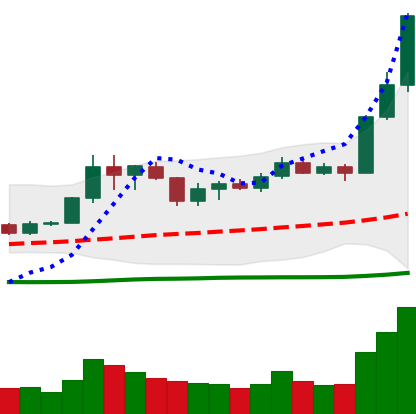
Ticker: LINK-USD
Chart end date: 2020-07-08
Forward return: 10.911%
Label: up_7plus